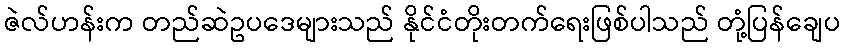
ဇဲလ်ဟန်းက တည်ဆဲဥပဒေများသည် နိုင်ငံတိုးတက်ရေးဖြစ်ပါသည် တုံ့ပြန်ချေပ